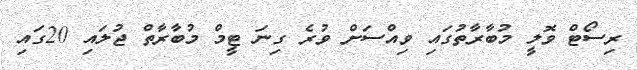
ރިސޯޓް ވޮލީ މުބާރާތުގައި ވިއްސަށް ވުރެ ގިނަ ޓީމް މުބާރާތް ޖުލައި 20ގައި